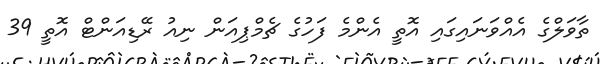
ތާވަލްގެ އެއްވަނައިގައި އޮތީ އެންމެ ފަހުގެ ޗެމްޕިއަން ނިއު ރޭޑިއަންޓް އޮތީ 39